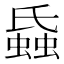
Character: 𧎪